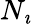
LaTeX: N_{\imath}